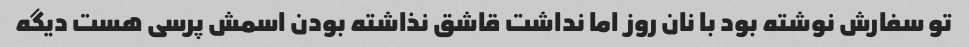
تو سفارش نوشته بود با نان روز اما نداشت قاشق نذاشته بودن اسمش پرسی هست دیگه